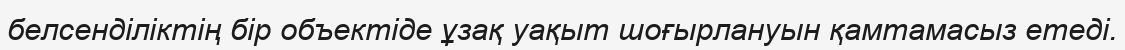
белсенділіктің бір объектіде ұзақ уақыт шоғырлануын қамтамасыз етеді.